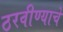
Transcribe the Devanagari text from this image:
ठरवीण्याचे